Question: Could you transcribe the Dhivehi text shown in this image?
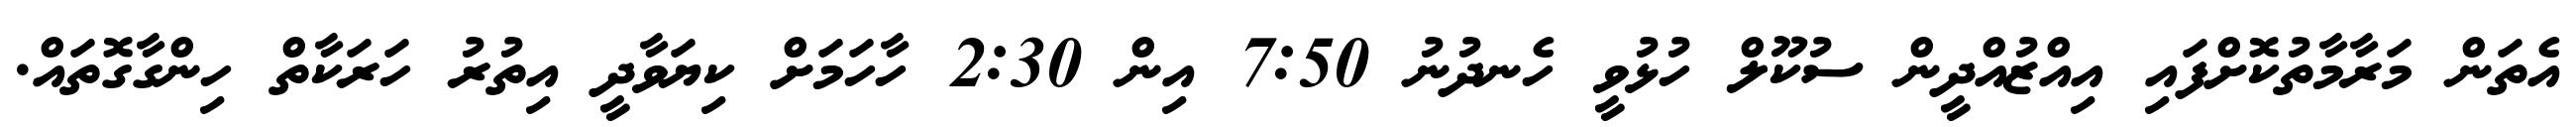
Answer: އެތަން މަރާމާތުކޮށްފައި އިއްޒުއްދީން ސުކޫލް ހުޅުވީ ހެނދުނު 7:50 އިން 2:30 ހާހަމަށް ކިޔަވާދީ އިތުރު ހަރަކާތް ހިންގާގޮތައް.